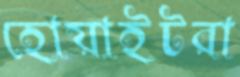
হোয়াইটরা